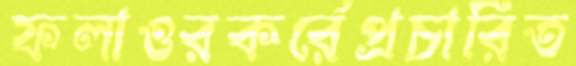
ফলাওরকর্রেপ্রচারিত